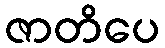
ဇာတိပေ